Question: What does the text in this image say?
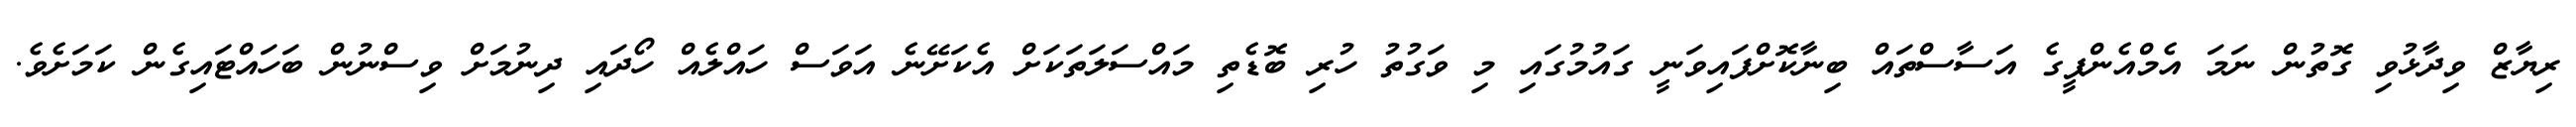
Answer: ރިޔާޒް ވިދާޅުވި ގޮތުން ނަމަ އެމްއެންޕީގެ އަސާސްތައް ބިނާކޮށްފައިވަނީ ގައުމުގައި މި ވަގުތު ހުރި ބޮޑެތި މައްސަލަތަކަށް އެކަށޭނެ އަވަސް ހައްލެއް ހޯދައި ދިނުމަށް ވިސްނުން ބަހައްޓައިގެން ކަމަށެވެ.